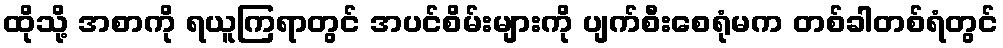
ထိုသို့ အစာကို ရယူကြရာတွင် အပင်စိမ်းများကို ပျက်စီးစေရုံမက တစ်ခါတစ်ရံတွင်